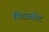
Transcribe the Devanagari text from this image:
मित्ज़्वोट